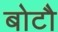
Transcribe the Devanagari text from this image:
बोटौ